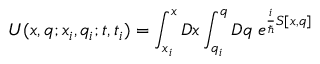
U ( x , q ; x _ { i } , q _ { i } ; t , t _ { i } ) = \int _ { x _ { i } } ^ { x } { \cal D } x \int _ { q _ { i } } ^ { q } { \cal D } q \; e ^ { { \frac { i } { \hbar } } S [ x , q ] }